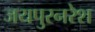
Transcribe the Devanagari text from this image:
जयपुरनरेश